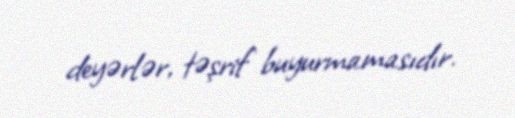
deyərlər, təşrif buyurmamasıdır.